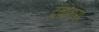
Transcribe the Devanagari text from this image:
दबावास